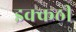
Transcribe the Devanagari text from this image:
इक्कठी